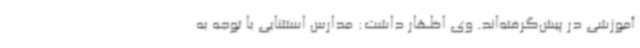
آموزشی در پیش‌گرفته‌اند. وی اظهار داشت: مدارس استثنایی با توجه به